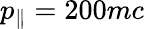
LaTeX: p_{\| }=200mc